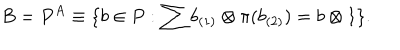
B = P ^ { A } \equiv \{ b \in P : \sum b _ { ( 1 ) } \otimes \pi ( b _ { ( 2 ) } ) = b \otimes 1 \} .